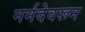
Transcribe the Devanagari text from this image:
नर्मदेवरून